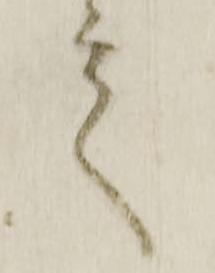
言